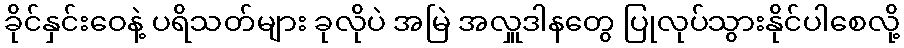
ခိုင်နှင်းဝေနဲ့ ပရိသတ်များ ခုလိုပဲ အမြဲ အလှူဒါနတွေ ပြုလုပ်သွားနိုင်ပါစေလို့